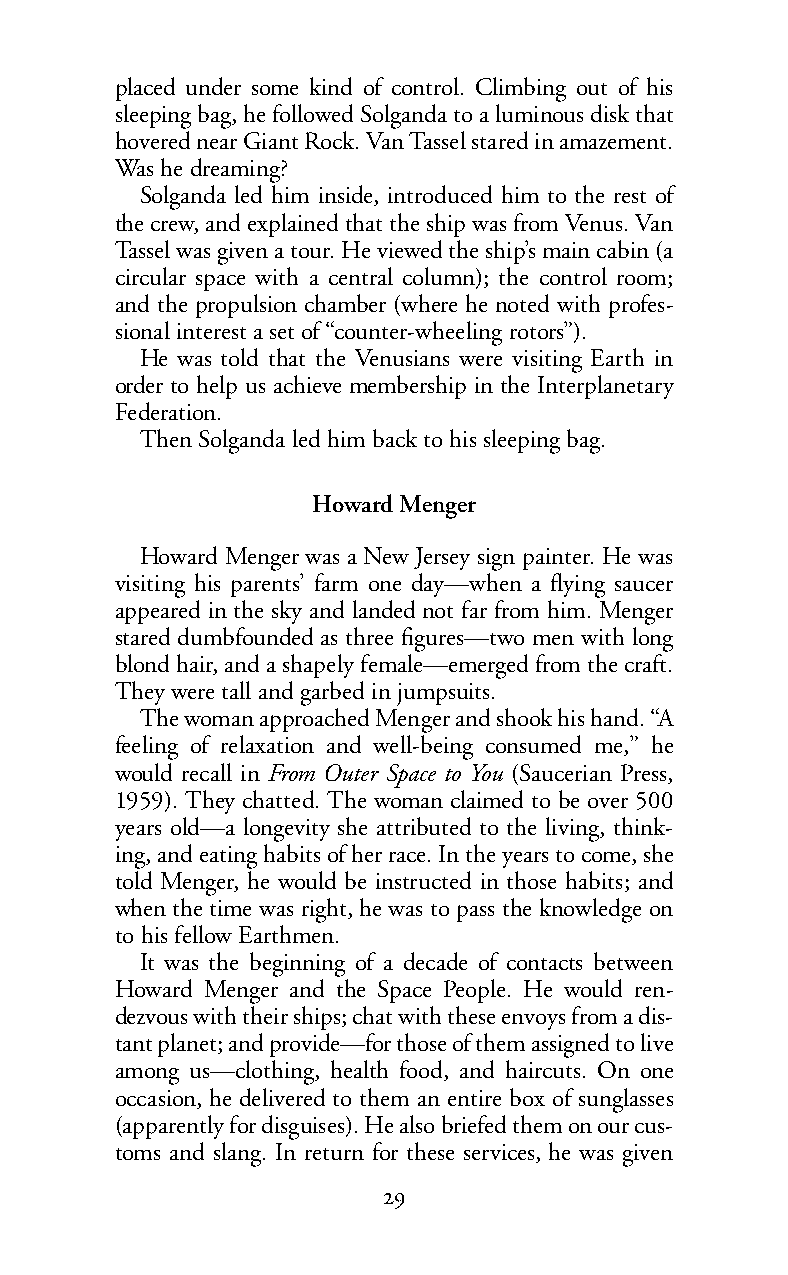
placed under some kind of control. Climbing out of his
 sleeping bag, he followed Solganda to a luminous disk that
 hovered near Giant Rock. Van Tassel stared in amazement.
 Was he dreaming?
 Solganda led him inside, introduced him to the rest of
 the crew, and explained that the ship was from Venus. Van
 Tassel was given a tour. He viewed the ship’s main cabin (a
 circular space with a central column); the control room;
 and the propulsion chamber (where he noted with profes-
 sional interest a set of “counter-wheeling rotors”).
 He was told that the Venusians were visiting Earth in
 order to help us achieve membership in the Interplanetary
 Federation.
 Then Solganda led him back to his sleeping bag.
 Howard Menger
 Howard Menger was a New Jersey sign painter. He was
 visiting his parents’ farm one day—when a flying saucer
 appeared in the sky and landed not far from him. Menger
 stared dumbfounded as three figures—two men with long
 blond hair, and a shapely female—emerged from the craft.
 They were tall and garbed in jumpsuits.
 The woman approached Menger and shook his hand. “A
 feeling of relaxation and well-being consumed me,” he
 would recall in From Outer Space to You (Saucerian Press,
 1959). They chatted. The woman claimed to be over 500
 years old—a longevity she attributed to the living, think-
 ing, and eating habits of her race. In the years to come, she
 told Menger, he would be instructed in those habits; and
 when the time was right, he was to pass the knowledge on
 to his fellow Earthmen.
 It was the beginning of a decade of contacts between
 Howard Menger and the Space People. He would ren-
 dezvous with their ships; chat with these envoys from a dis-
 tant planet; and provide—for those of them assigned to live
 among us—clothing, health food, and haircuts. On one
 occasion, he delivered to them an entire box of sunglasses
 (apparently for disguises). He also briefed them on our cus-
 toms and slang. In return for these services, he was given
 